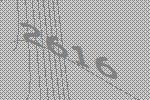
2616